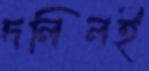
দলিলই